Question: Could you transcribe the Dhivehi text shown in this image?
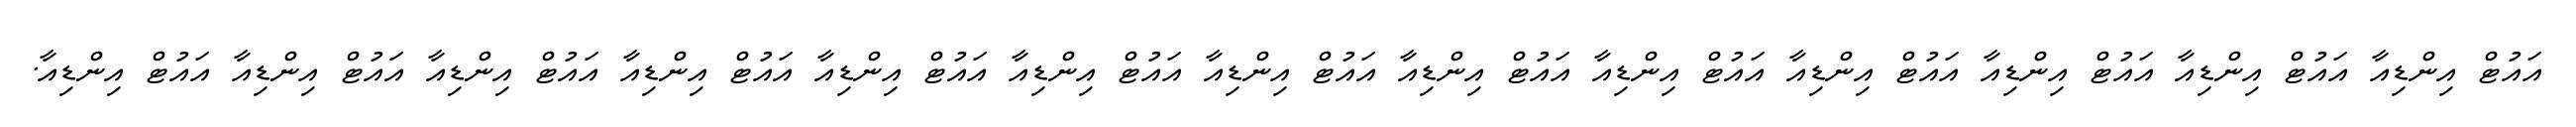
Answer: އައުޓް އިންޑިއާ އައުޓް އިންޑިއާ އައުޓް އިންޑިއާ އައުޓް އިންޑިއާ އައުޓް އިންޑިއާ އައުޓް އިންޑިއާ އައުޓް އިންޑިއާ އައުޓް އިންޑިއާ އައުޓް އިންޑިއާ އައުޓް އިންޑިއާ އައުޓް އިންޑިއާ އައުޓް އިންޑިއާ އައުޓް އިންޑިއާ.